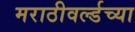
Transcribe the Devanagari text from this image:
मराठीवर्ल्डच्या